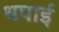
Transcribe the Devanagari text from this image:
थपाई